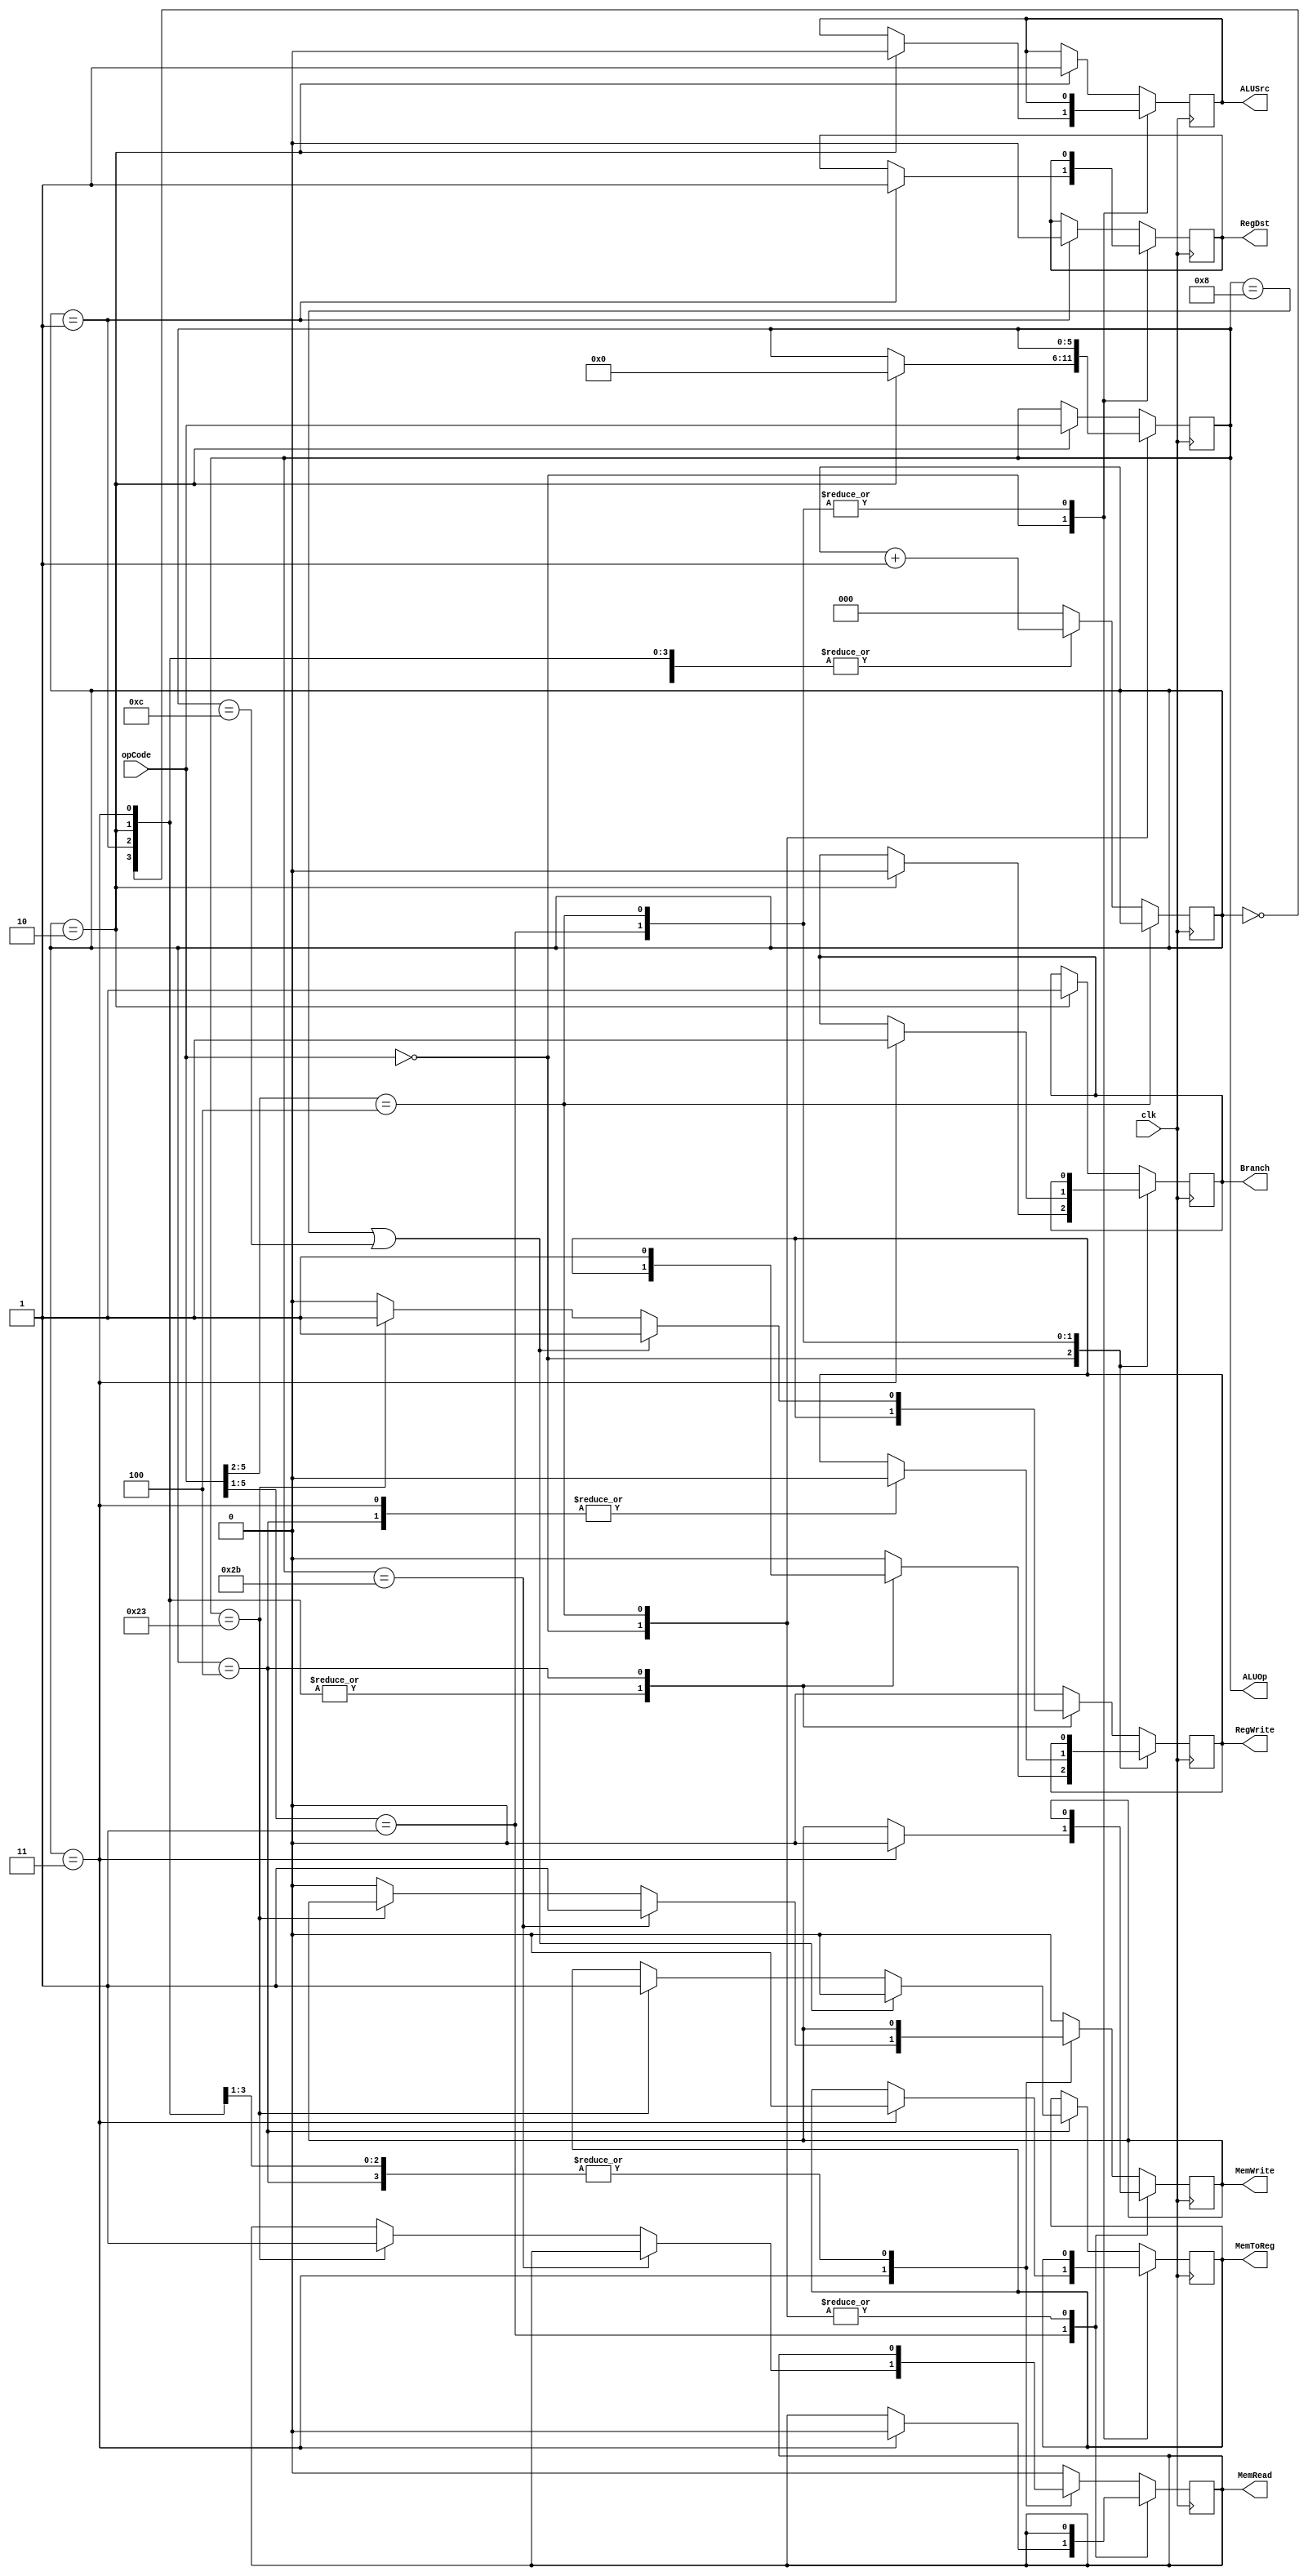
module Control(
	input clk, //Synchronizes the state machine with the rest of the system
	input [5:0] opCode, //Operation bits of an instructio
	output reg RegDst, //Select for destination register selection in register file
	output reg Branch, //Control for initiating branch operation (input to an AND gate)
	output reg MemRead, // Read from memory?????
	output reg MemToReg, //Selector for writing from memory into a register or directly writing from register to register
	output reg [5:0] ALUOp, //Control signal for ALU controller.
	output reg MemWrite, //Control signal for writing ALU result directly into memory(store command)
	output reg ALUSrc, //Selector between Register2 and Immediate as second input into ALU. 
	output reg RegWrite); //Enable bit for writing back the ALU result into the destination register.
	
	reg [2:0] state; //Stores current state of state machine
	
	
	initial
	begin
		state = 0;
		RegDst = 0;
		Branch = 0;
		MemRead = 0;
		MemToReg = 0;
		ALUOp = 0;
		MemWrite = 0;
		ALUSrc = 0;
		RegWrite = 0;
	end
	
	always@(opCode)
	begin
		
	end
	
	always @(posedge clk)
	begin	
		casex(opCode)
			6'b000000://R-Type Instruction
				begin
					case(state)
						3'b000://Instruction Fetch
							begin
								state <= state + 1;//wait for fetch to finish
							end
						3'b001://Decode
							begin
								RegDst <= 1;//Select Rd as write register
								state <= state + 1;
							end
						3'b010://Execute
							begin
								Branch <= 0;
								ALUOp <= 6'b000000;//R-type instruction sent to ALU Controller
								ALUSrc <= 1'b0;//Choose read data2 as ALU source register2
								state <= state + 1;
							end
						3'b011://Memory
							begin
								state <= state + 1;
								MemToReg <= 0;//Skip Data Memory
							end
						3'b100://Write Back
							begin
								RegWrite <= 1;//Write back into destination register
								state <= state + 1;
							end
						default:
							begin
								state <= 0;
								RegWrite <= 0;
								$display("Hey im in default for R-Type");
							end
					endcase
				end
			6'b00001x: //J-Type Instruction
				begin
					case(state)
						3'b000://Fetch
							begin
								state <= state + 1;
							end
						3'b001://Decode
							begin
								state <= state + 1;
							end
						3'b010://Execute
							begin
								ALUOp <= opCode;
								state <= state + 1;
							end
						3'b011://Memory
							begin
								MemRead <= 0;
								MemWrite <= 0;
								RegWrite <= 0;
								Branch <= 1;//Signal to send branching branching instruction instead of PC+4
								state <= state + 1;
							end
						3'b100://Write Back
							begin
								RegWrite <= 0;
								state <= state + 1;
							end
						default
							begin
								state <= 0;
							end
					endcase
				end
			6'b0100xx: //Coprocessor instructions
				begin
					$display("No Coprocessor Instructions Currently Exist!");
				end
			default: //I-Type Instructions
				begin
					case(state)
						3'b000: //Fetch
							begin
								state <= state + 1;
							end
						3'b001: //Decode
							begin
								RegDst <= 0;
								state <= state + 1;
							end
						3'b010: //Execute
							begin
								Branch <= 1;
								ALUSrc <= 1;
								ALUOp <= opCode;
								state <= state + 1;
							end
						3'b011: //Memory
							begin
								if(ALUOp == 6'b101011)//if instruction is SW
									begin
										MemWrite <= 1;
									end
								else if(ALUOp == 6'b100011)//If instruction is LW
									begin
										MemRead <= 1;
									end
								else
									begin
										MemWrite <= 0;
									end
						
								state <= state + 1;
							end
						3'b100: //Write Back
							begin			
								if((ALUOp == 6'b001000) || (ALUOp == 6'b001100))//Addi, ANDi
									begin
										RegWrite <= 1;
										MemToReg <= 0;
									end
								else if(ALUOp == 6'b100011)//LW
									begin
										RegWrite <= 1;
										MemToReg <= 1;
									end
								else
									begin
										RegWrite <= 0;
									end
								state <= state + 1;
							end
						default:
							begin
								state <= 0;
								RegWrite <= 0;
								MemRead <= 0;
								MemWrite <= 0;
							end
					endcase
				end
		endcase
	end
	
endmodule